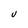
Character: v